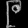
Digit: ၉